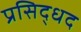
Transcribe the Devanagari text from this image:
प्रसिद्धद